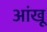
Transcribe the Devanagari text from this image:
आंखू